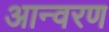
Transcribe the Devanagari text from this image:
आन्वरण